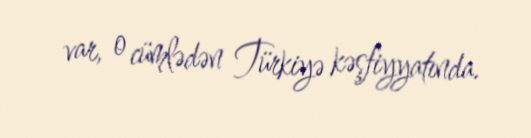
var, o cümlədən Türkiyə kəşfiyyatında.